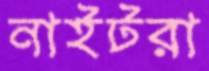
নাইটরা